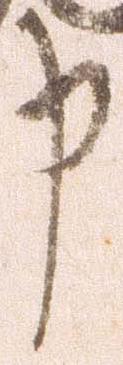
申